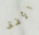
الأفق